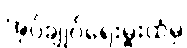
အုပ်ချုပ်ရေးမှူးထံမှ